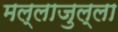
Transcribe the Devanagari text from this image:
मल्लाजुल्ला